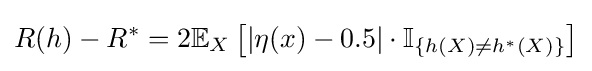
R(h)-R^{*}=2\mathbb {E} _{X}\left[|\eta (x)-0.5|\cdot \mathbb {I} _{\left\{h(X)\neq h^{*}(X)\right\}}\right]